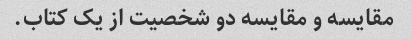
مقایسه و مقایسه دو شخصیت از یک کتاب.